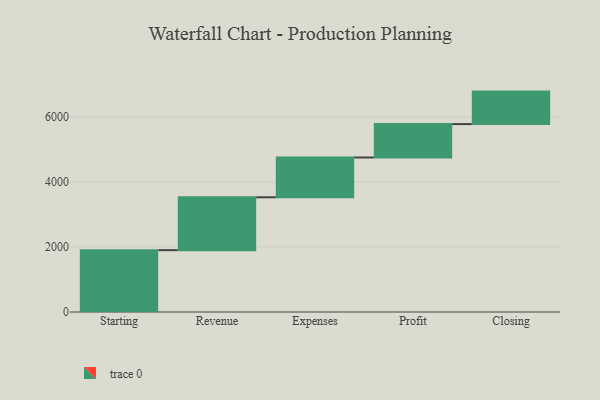
{"axis": {"x": "Step", "y": "Value"}, "legend": [""], "data": [{"x": "Starting", "y": 1904.0, "type": ""}, {"x": "Revenue", "y": 1627.0, "type": ""}, {"x": "Expenses", "y": 1225.0, "type": ""}, {"x": "Profit", "y": 1028.0, "type": ""}, {"x": "Closing", "y": 1000, "type": ""}]}